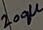
Text: 200µ